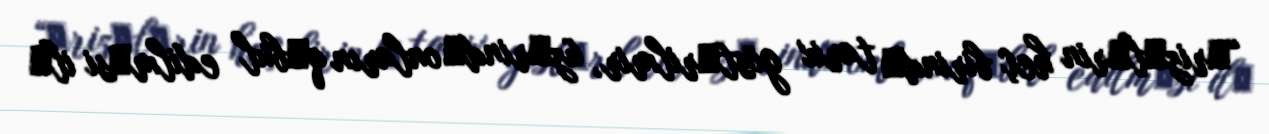
“Әrizәlәrin heç birindә tarix göstәrilmir, üzәrindә onların qәbul edilmәsi ilә